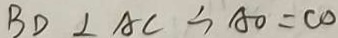
B D \bot A C \cong A O = C 0